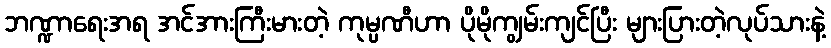
ဘဏ္ဍာရေးအရ အင်အားကြီးမားတဲ့ ကုမ္ပဏီဟာ ပိုမိုကျွမ်းကျင်ပြီး များပြားတဲ့လုပ်သားနဲ့